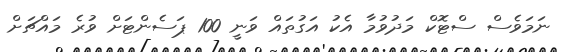
ނަމަވެސް ސްޓޮކް މަދުވުމާ އެކު އަގުތައް ވަނީ 100 ޕަސެންޓަށް ވުރެ މައްޗަށް